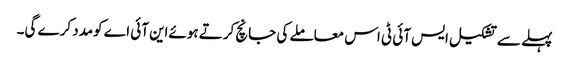
پہلے سے تشکیل ایس آئی ٹی اس معاملے کی جانچ کرتے ہوئےاین آئی اے کومدد کرے گی۔